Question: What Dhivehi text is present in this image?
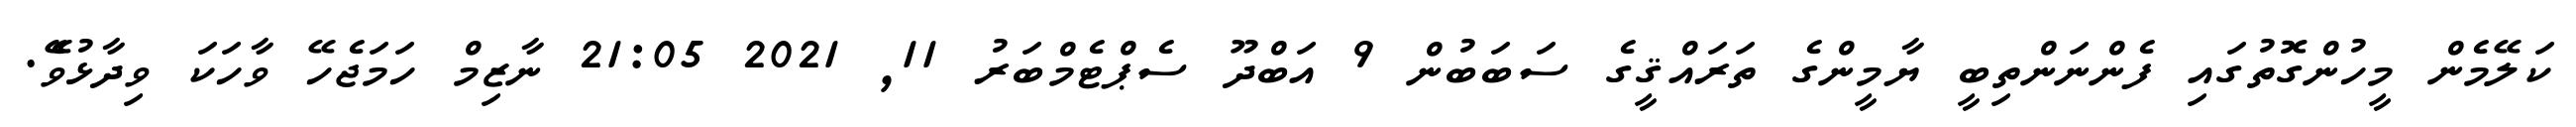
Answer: ކަލޭމެން މީހުންގޮތުގައި ފެންނަންތިބީ ޔާމީންގެ ތަރައްޤީގެ ސަބަބުން 9 އަބްދޫ ސެޕްޓެމްބަރު 11, 2021 21:05 ނާޒިމް ހަމަޖެހޭ ވާހަކަ ވިދާޅުވެޭ.